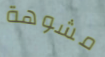
مشوهة